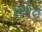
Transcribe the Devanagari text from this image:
शवेत्